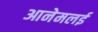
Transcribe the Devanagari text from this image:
आनेमलई